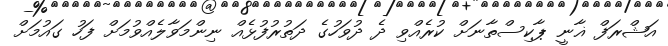
އަޝްރަފް ޣާނީ ޕާކިސްތާނަށް ކުރެއްވި ދެ ދުވަހުގެ ދަތުރުފުޅެއް ނިންމަވާލެއްވުމަށް ފަހު ގައުމަށް